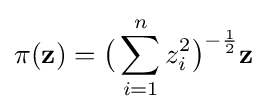
\pi (\mathbf {z} )={\bigl (}\sum _{i=1}^{n}z_{i}^{2}{\bigr )}^{-{\frac {1}{2}}}\mathbf {z}